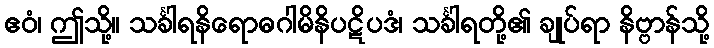
ဧဝံ၊ ဤသို့။ သင်္ခါရနိရောဓဂါမိနိပဋိပဒံ၊ သင်္ခါရတို့၏ ချုပ်ရာ နိဗ္ဗာန်သို့